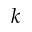
k